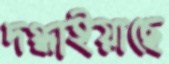
দগ্ধাইয়াছে